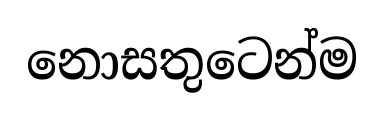
නොසතුටෙන්ම